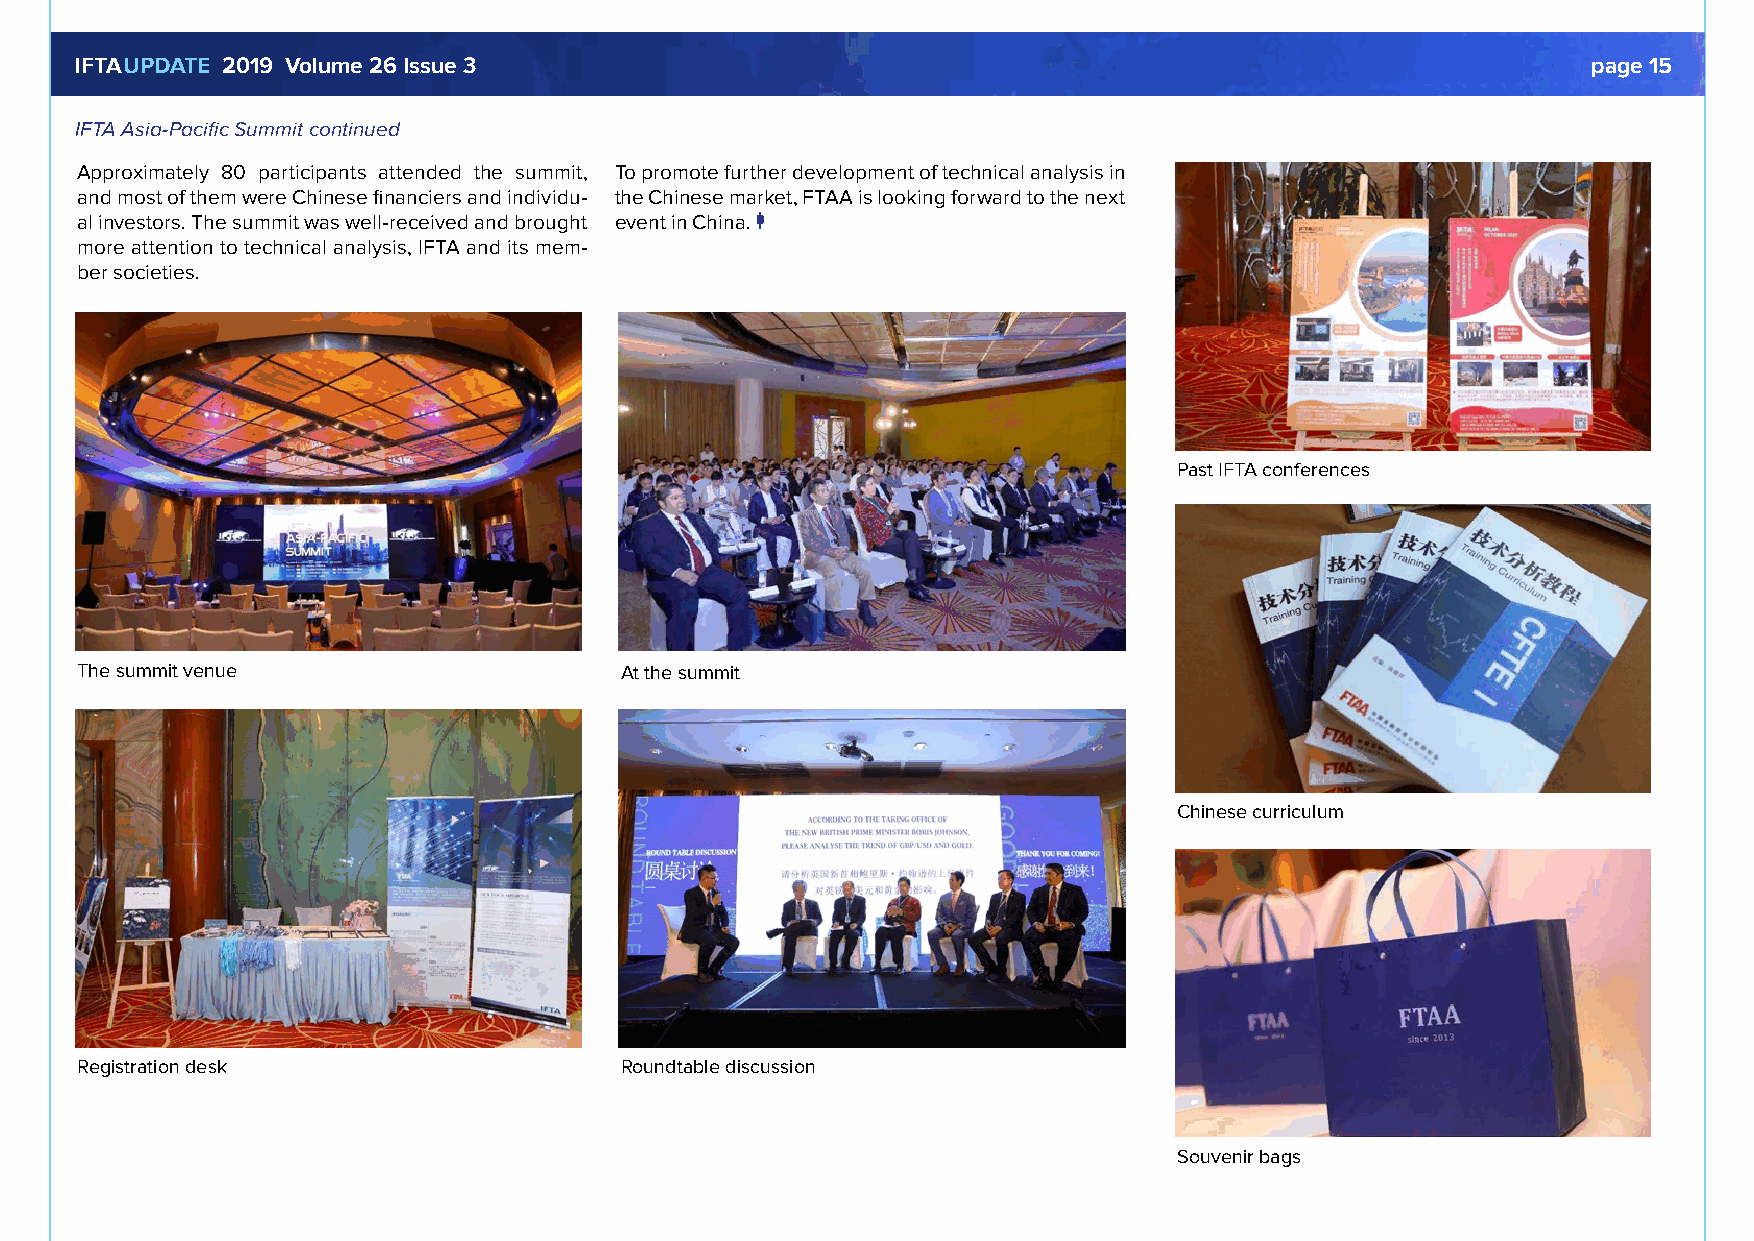
IFTAUPDATE 2019 Volume 26 Issue 3                                                                   page 15
 IFTA Asia-Pacific Summit continued
 Approximately 80 participants attended the summit, To promote further development of technical analysis in
 and most of them were Chinese financiers and individu- the Chinese market, FTAA is looking forward to the next
 al investors. The summit was well-received and brought event in China.
 more attention to technical analysis, IFTA and its mem-
 ber societies.
 Past IFTA conferences
 The summit venue                    At the summit
 Chinese curriculum
 Registration desk                   Roundtable discussion
 Souvenir bags